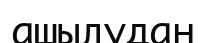
ашылудан